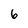
Character: 6